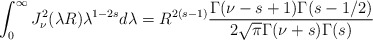
\begin{align*}\int_{0}^{\infty} J^2_{\nu}(\lambda R) \lambda^{1-2s} d\lambda = R^{2(s-1)} \frac{\Gamma(\nu-s+1)\Gamma(s-1/2)}{2 \sqrt{\pi} \Gamma(\nu+s)\Gamma(s)}\end{align*}